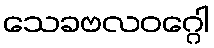
သေခဗလဝဂ္ဂေါ